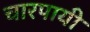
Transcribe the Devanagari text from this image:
चारपायी